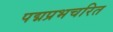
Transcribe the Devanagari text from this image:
पद्मप्रभचरित